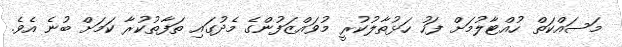
މަސައްކަތް ހުއްޓާލުމަށް ފަހު ހަޅުތާލުކުރީ މުވައްޒަފުންގެ މެދުގައި ތަފާތުކުރާ ކަމަށް ބުނެ އެވެ.